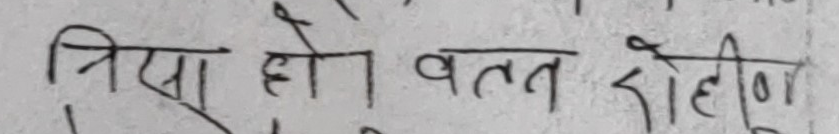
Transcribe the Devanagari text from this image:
निसा हो वत्त राहिन